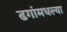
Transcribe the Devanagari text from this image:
ढगांमधल्या